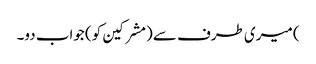
) میری طرف سے (مشرکین کو) جواب دو۔